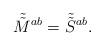
LaTeX: \begin{align*}\tilde{\tilde{M}}{ }^{ab} = \tilde{\tilde{S}}{ }^{ab}.\end{align*}